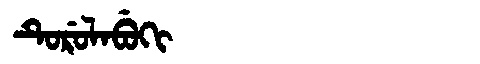
Manchu: ᡨᡠᡵᡠᠯᠠᠪᡠᡴᡳ
Romanization: TURULABUKI